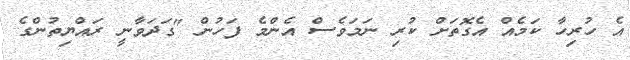
އެ ހުރިހާ ކަމެއް އެގޮތަށް ކުރި ނަމަވެސް އެންމެ ފަހުން "ގަދަވާނީ ރައްޔިތުންގެ